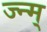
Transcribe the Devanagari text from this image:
ज्न्म्